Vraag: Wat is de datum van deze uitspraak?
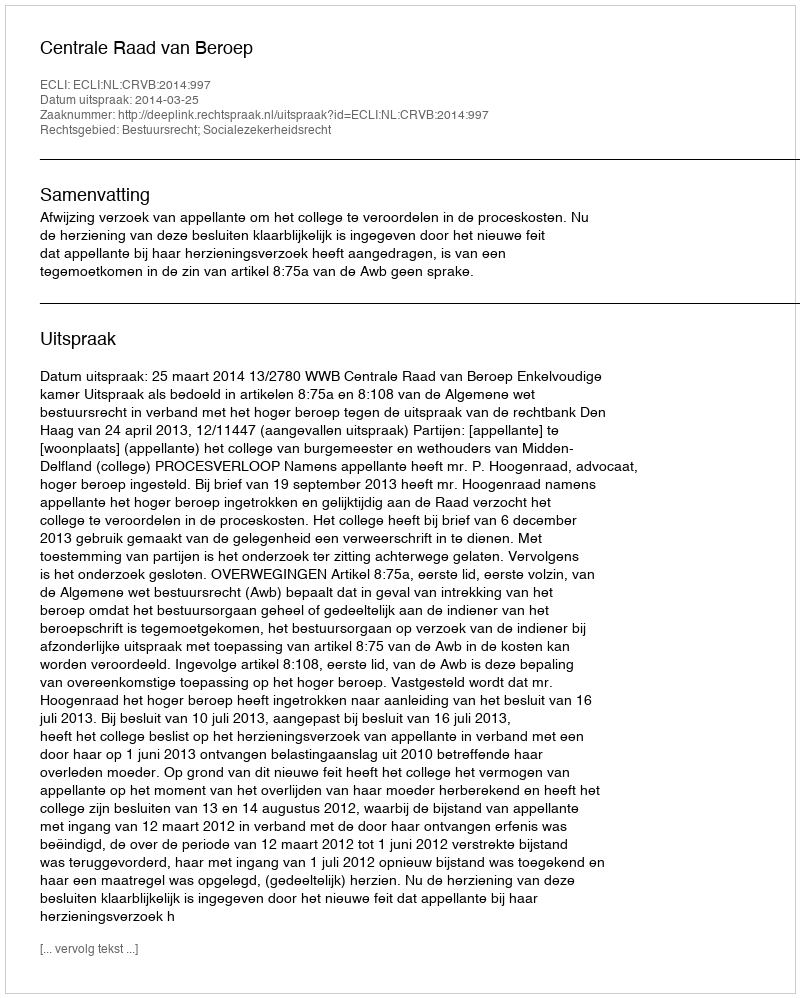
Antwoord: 2014-03-25